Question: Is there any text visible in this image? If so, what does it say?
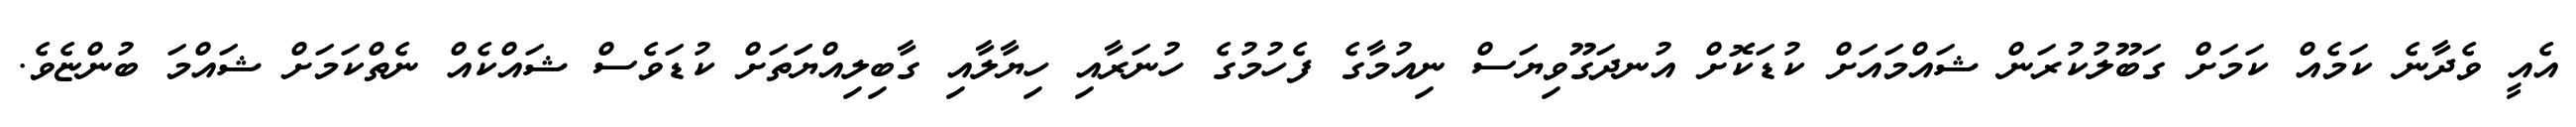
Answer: އެއީ ވެދާނެ ކަމެއް ކަމަށް ގަބޫލުކުރަން ޝައްމައަށް ކުޑަކޮށް އުނދަގޫވިޔަސް ނިއުމާގެ ފެހުމުގެ ހުނަރާއި ހިޔާލާއި ގާބިލިއްޔަަތަށް ކުޑަވެސް ޝައްކެއް ނެތްކަމަށް ޝައްމަ ބުންޏެވެ.